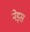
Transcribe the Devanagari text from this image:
नेइस